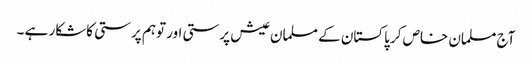
آج مسلمان خاص کر پاکستان کے مسلمان عیش پرستی اور توہم پرستی کاشکار ہے ۔